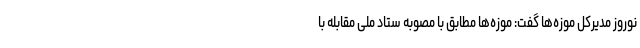
نوروز مدیرکل موزه‌ها گفت: موزه‌ها مطابق با مصوبه ستاد ملی مقابله با